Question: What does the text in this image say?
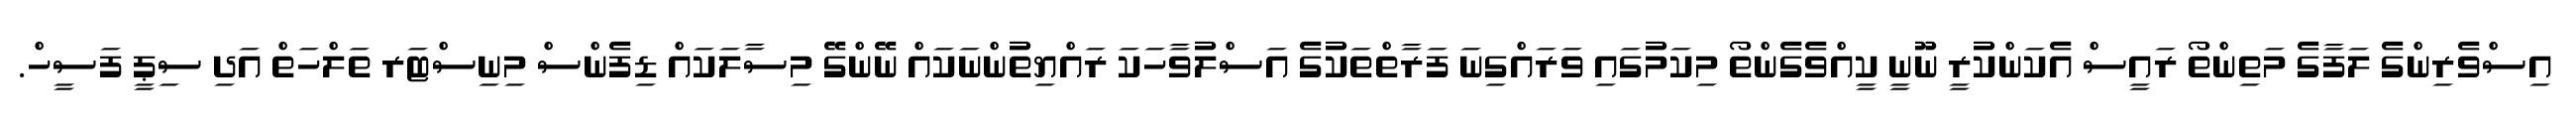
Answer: އިސްވެރިންގެ ލަފާގެ މަތިންތޯ ރައީސް އެކަންކުރީ ނޫނީ ކީއްވެގެންތޯ މިކަމުގައި ވަރައްގިނަ ފަރާތްތަކުގެ އަސްލުވާހަކަ ރައްޔިތުންނަކައް ނޭންގޭ މިސާލަކައް ޑިފެންސް މިނިސްޓަރ ތަލްހަތް އަދި ސިޕީ ފަސީހް.